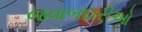
જવાબદારીઓ